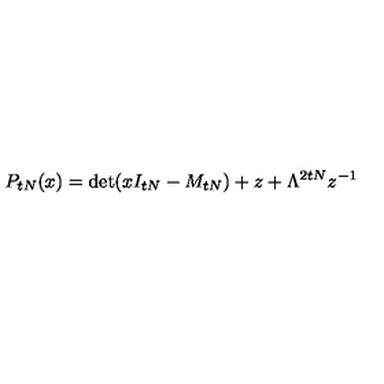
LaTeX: P _ { t N } ( x ) = \det ( x I _ { t N } - M _ { t N } ) + z + \Lambda ^ { 2 t N } z ^ { - 1 }